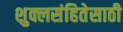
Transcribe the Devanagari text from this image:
शुक्लसंहितेसाठी